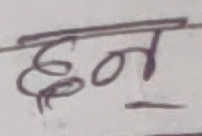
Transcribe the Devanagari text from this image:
छन्